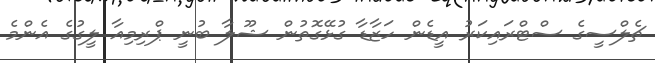
ޗެލްސީގެ ސްޓްރައިކަރު އީޑެން ހަޒާޑާ ގުޅޭގޮތުން ޝޫލާ ބުނީ ޕްރިމިއާ ލީގުގެ އެންމެ